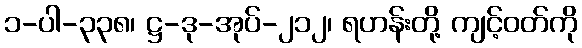
၁-ပါ-၃၃၈၊ ဋ္ဌ-ဒု-အုပ်-၂၁၂၊ ရဟန်းတို့ ကျင့်ဝတ်ကို